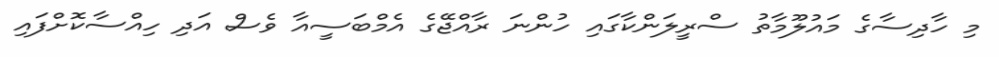
މި ހާދިސާގެ މައުލޫމާތު ސްރީލަންކާގައި ހުންނަ ރާއްޖޭގެ އެމްބަސީއާ ވެސް އަދި ހިއްސާކޮށްފައި